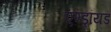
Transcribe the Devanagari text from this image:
एण्ड्रॉयड